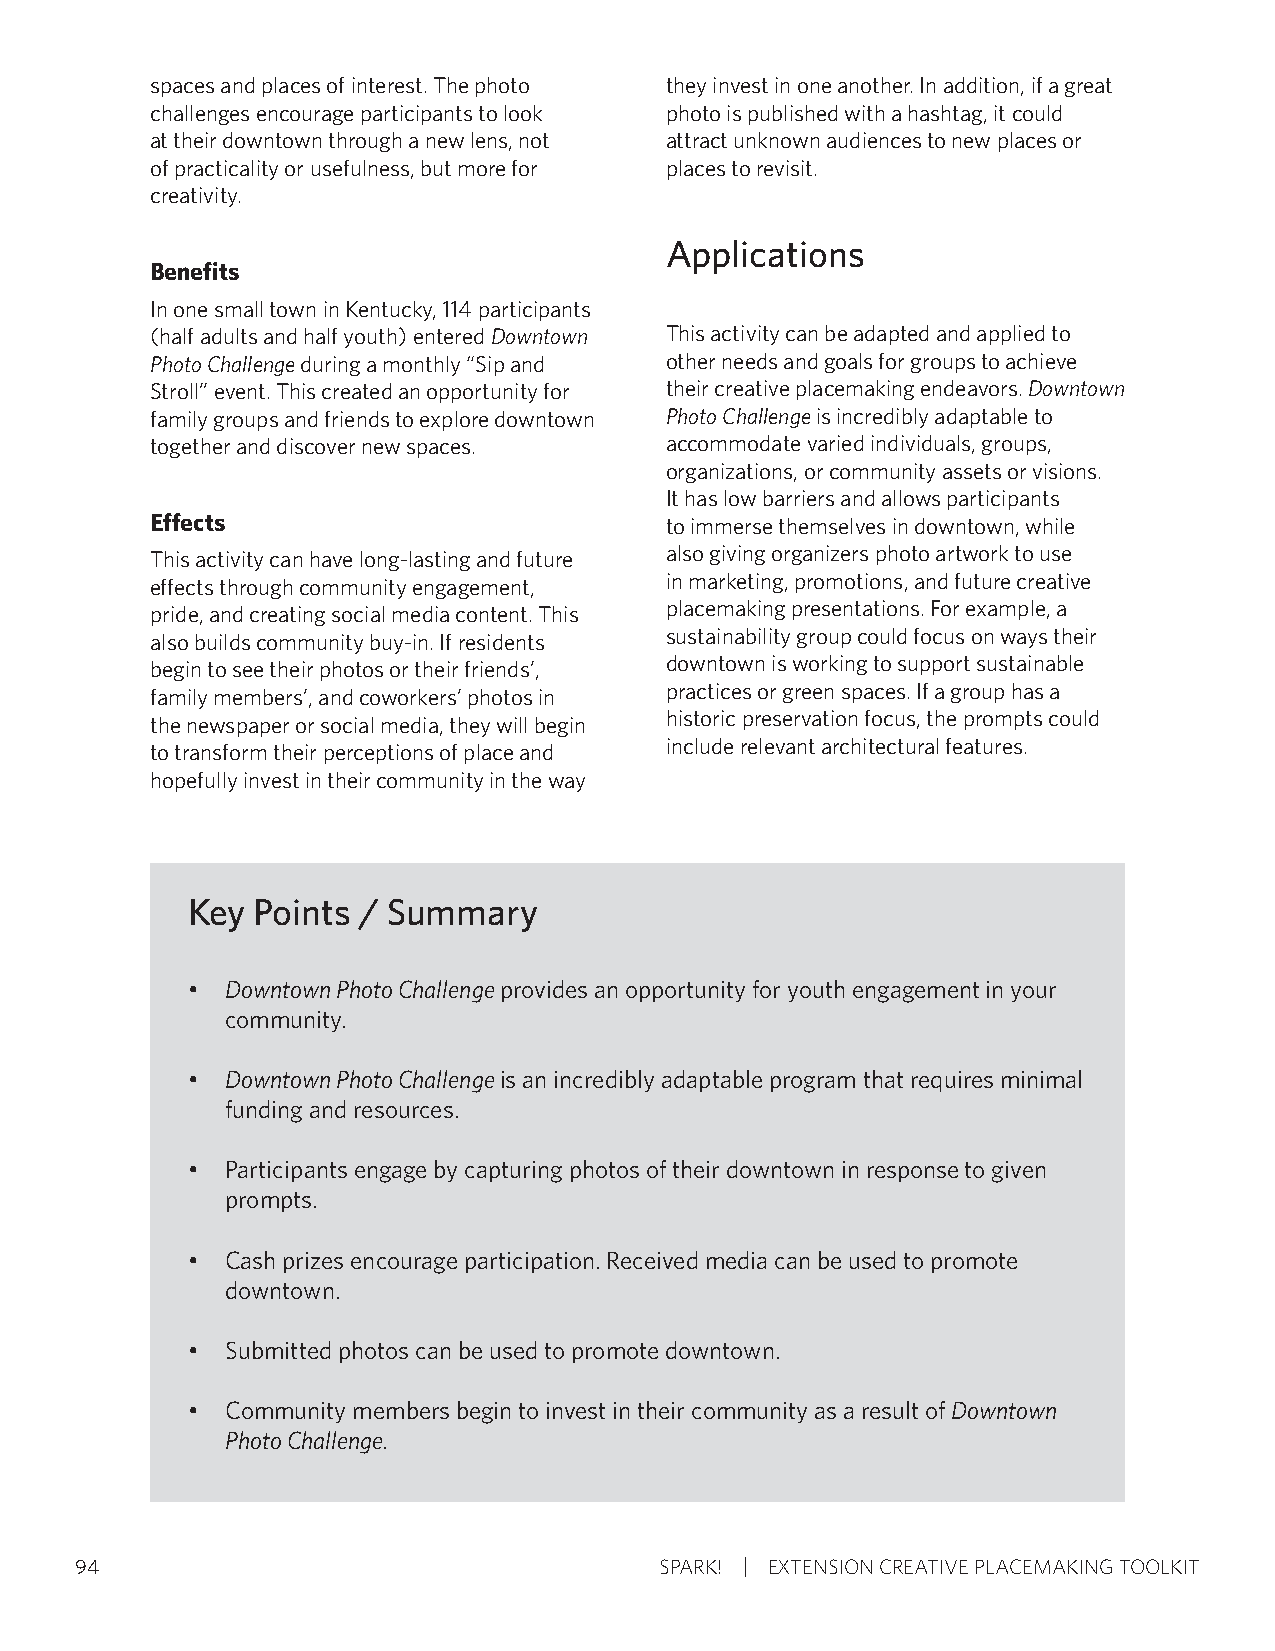
spaces and places of interest. The photo they invest in one another. In addition, if a great
 challenges encourage participants to look photo is published with a hashtag, it could
 at their downtown through a new lens, not attract unknown audiences to new places or
 of practicality or usefulness, but more for places to revisit.
 creativity.
 Applications
 Benefits
 In one small town in Kentucky, 114 participants
 (half adults and half youth) entered Downtown This activity can be adapted and applied to
 Photo Challenge during a monthly “Sip and other needs and goals for groups to achieve
 Stroll” event. This created an opportunity for their creative placemaking endeavors. Downtown
 family groups and friends to explore downtown Photo Challenge is incredibly adaptable to
 together and discover new spaces. accommodate varied individuals, groups,
 organizations, or community assets or visions.
 It has low barriers and allows participants
 Effects                           to immerse themselves in downtown, while
 This activity can have long-lasting and future also giving organizers photo artwork to use
 effects through community engagement, in marketing, promotions, and future creative
 pride, and creating social media content. This placemaking presentations. For example, a
 also builds community buy-in. If residents sustainability group could focus on ways their
 begin to see their photos or their friends’, downtown is working to support sustainable
 family members’, and coworkers’ photos in practices or green spaces. If a group has a
 the newspaper or social media, they will begin historic preservation focus, the prompts could
 to transform their perceptions of place and include relevant architectural features.
 hopefully invest in their community in the way
 Key  Points / Summary
 •  Downtown Photo Challenge provides an opportunity for youth engagement in your
 community.
 •  Downtown Photo Challenge is an incredibly adaptable program that requires minimal
 funding and resources.
 •  Participants engage by capturing photos of their downtown in response to given
 prompts.
 •  Cash prizes encourage participation. Received media can be used to promote
 downtown.
 •  Submitted photos can be used to promote downtown.
 •  Community members begin to invest in their community as a result of Downtown
 Photo Challenge.
 94                                     SPARK! EXTENSION CREATIVE PLACEMAKING TOOLKIT